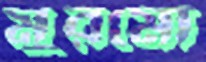
মুরমো